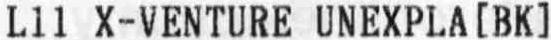
L11 X-VENTURE UNEXPLA[BK]